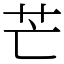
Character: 芒